Bulletin of the Pasteur Institute of Southern India, Coonoor - No. 3.
Year: 1910
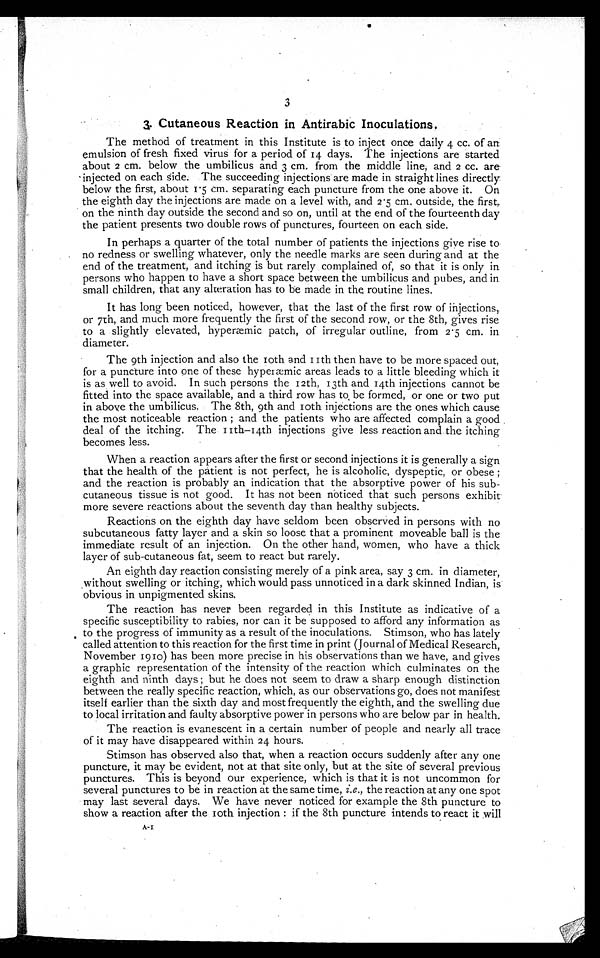
3
3. Cutaneous Reaction in Antirabic Inoculations.
The method of treatment in this Institute is to inject once daily 4 cc. of an
emulsion of fresh fixed virus for a period of 14 days. The injections are started
about 2 cm. below the umbilicus and 3 cm. from the middle line, and 2 cc. are
injected on each side. The succeeding injections are made in straight lines directly
below the first, about 1·5 cm. separating each puncture from the one above it. On
the eighth day the injections are made on a level with, and 2·5 c m . o u t s i d e , t h e f i r s t ,
on the ninth day outside the second and so on, until at the end of the fourteenth day
the patient presents two double rows of punctures, fourteen on each side.
In perhaps a quarter of the total number of patients the injections give rise to
no redness or swelling whatever, only the needle marks are seen during and at the
end of the treatment, and itching is but rarely complained of, so that it is only in
persons who happen to have a short space between the umbilicus and pubes, and in
small children, that any alteration has to be made in the, routine lines.
It has long been noticed, however, that the last of the first row of injections,
or 7th, and much more frequently the first of the second row, or the 8th, gives rise
to a slightly elevated, hyperæmic patch, of irregular outline, from 2·5 cm. in
diameter.
The 9th injection and also the 10th and 11th then have to be more spaced out,
for a puncture into one of these hyperæmic areas leads to a little bleeding which it
is as well to avoid. In such persons the 12th, 13th and 14th injections cannot be
fitted into the space available, and a third row has to be formed, or one or two put
in above the umbilicus. The 8th, 9th and 10th injections are the ones which cause
the most noticeable reaction ; and the patients who are affected complain a good
deal of the itching. The 11th-14th injections give less reaction and the itching
becomes less.
When a reaction appears after the first or second injections it is generally a sign
that the health of the patient is not perfect, he is alcoholic, dyspeptic, or obese
and the reaction is probably an indication that the absorptive power of his sub-
cutaneous tissue is not good. It has not been noticed that such persons exhibit
more severe reactions about the seventh day than healthy subjects.
Reactions on the eighth day have seldom been observed in persons with no
subcutaneous fatty layer and a skin so loose that a prominent moveable ball is the
immediate result of an injection. On the other hand, women, who have a thick
layer of sub-cutaneous fat, seem to react but rarely.
An eighth day reaction consisting merely of a pink area, say 3 cm. in diameter,
without swelling or itching, which would pass unnoticed in a dark skinned Indian, is
obvious in unpigmented skins.
The reaction has never been regarded in this Institute as indicative of a
specific susceptibility to rabies, nor can it be supposed to afford any information as
to the progress of immunity as a result of the inoculations. Stimson, who has lately
called attention to this reaction for the first time in print (Journal of Medical Research,
November 1910) has been more precise in his observations than we have, and gives
a graphic representation of the intensity of the reaction which culminates on the
eighth and ninth days ; but he does not seem to draw a sharp enough distinction
between the really specific reaction, which, as our observations go, does not manifest
itself earlier than the sixth day and most frequently the eighth, and the swelling due
to local irritation and faulty absorptive power in persons who are below par in health.
The reaction is evanescent in a certain number of people and nearly all trace
of it may have disappeared within 24 hours.
Stimson has observed also that, when a reaction occurs suddenly after any one
puncture, it may be evident, not at that site only, but at the site of several previous
punctures. This is beyond our experience, which is that it is not uncommon for
several punctures to be in reaction at the same time, i.e., the reaction at any one spot
may last several days. We have never noticed for example the 8th puncture to
show a reaction after the loth injection : if the 8th puncture intends to react it will